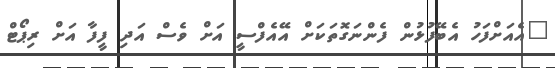
"އެއަށްފަހު އެބޭފުޅުން ފެންނަގޮތަކަށް އޭއެފްސީ އަށް ވެސް އަދި ފީފާ އަށް ރިޕޯޓް